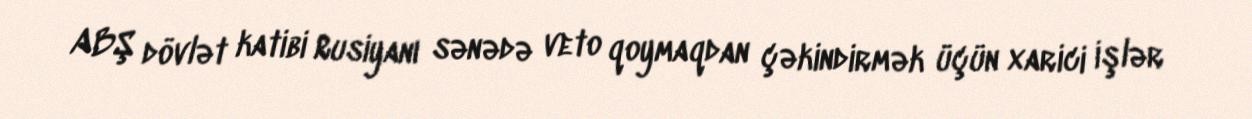
ABŞ dövlət katibi Rusiyanı sənədə veto qoymaqdan çəkindirmək üçün xarici işlər